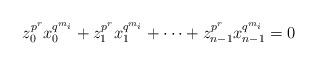
LaTeX: \begin{align*}z_0^{p^r}x_0^{q^{m_i}}+z_1^{p^r}x_1^{q^{m_i}}+\cdots+z_{n-1}^{p^r}x_{n-1}^{q^{m_i}}=0\end{align*}